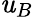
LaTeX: \mathit{u}_{B}